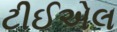
ટીઈએલ